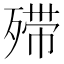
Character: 𣨼